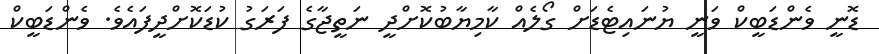
ޑޮނީ ވެންޑަބީކް ވަނީ ޔުނައިޓެޑަށް ގޯލެއް ކާމިޔާބުކޮށްދީ ނަތީޖާގެ ފަރަގު ކުޑަކޮށްދީފައެވެ. ވެންޑަބީކް